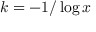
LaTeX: k = - 1 / \log x